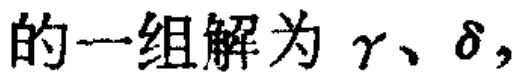
的一组解为\(\gamma、\delta,\)